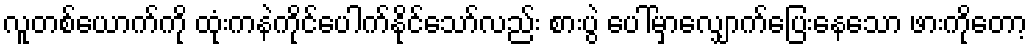
လူတစ်ယောက်ကို ထုံးကနဲကိုင်ပေါက်နိုင်သော်လည်း စားပွဲ ပေါ်မှာလျှောက်ပြေးနေသော ဖားကိုတော့